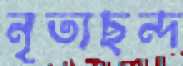
নৃত্যছন্দ